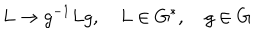
L \rightarrow g ^ { - 1 } L g , \quad L \in G ^ { * } , \quad g \in G